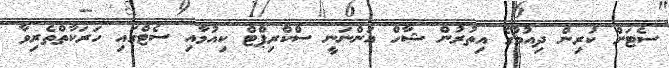
ސެޓަށް ކުރިން ދިއުމުގެ އިތުރުން ޝާހް އަންނަނީ ސްކްރިޕްޓް ކިއުމާއި ސެޓްގައި ހަރަކާތްތެރިވާ